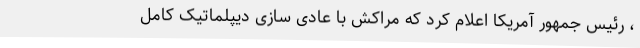
، رئیس جمهور آمریکا اعلام کرد که مراکش با عادی سازی دیپلماتیک کامل